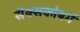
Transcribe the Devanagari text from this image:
सैक्सकोबर्ग